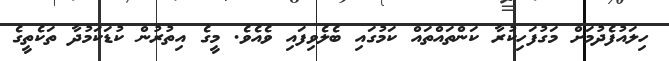
ހިލައުފެދުމަށް މަގުފަހިކުރާ ކަންތައްތައް ކަމުގައި ބެލެވިފައި ވެއެވެ. މީގެ އިތުރުން ކުޑަކަމުދާ ތަކެތީގެ